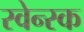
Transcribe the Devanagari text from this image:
स्वेन्स्क